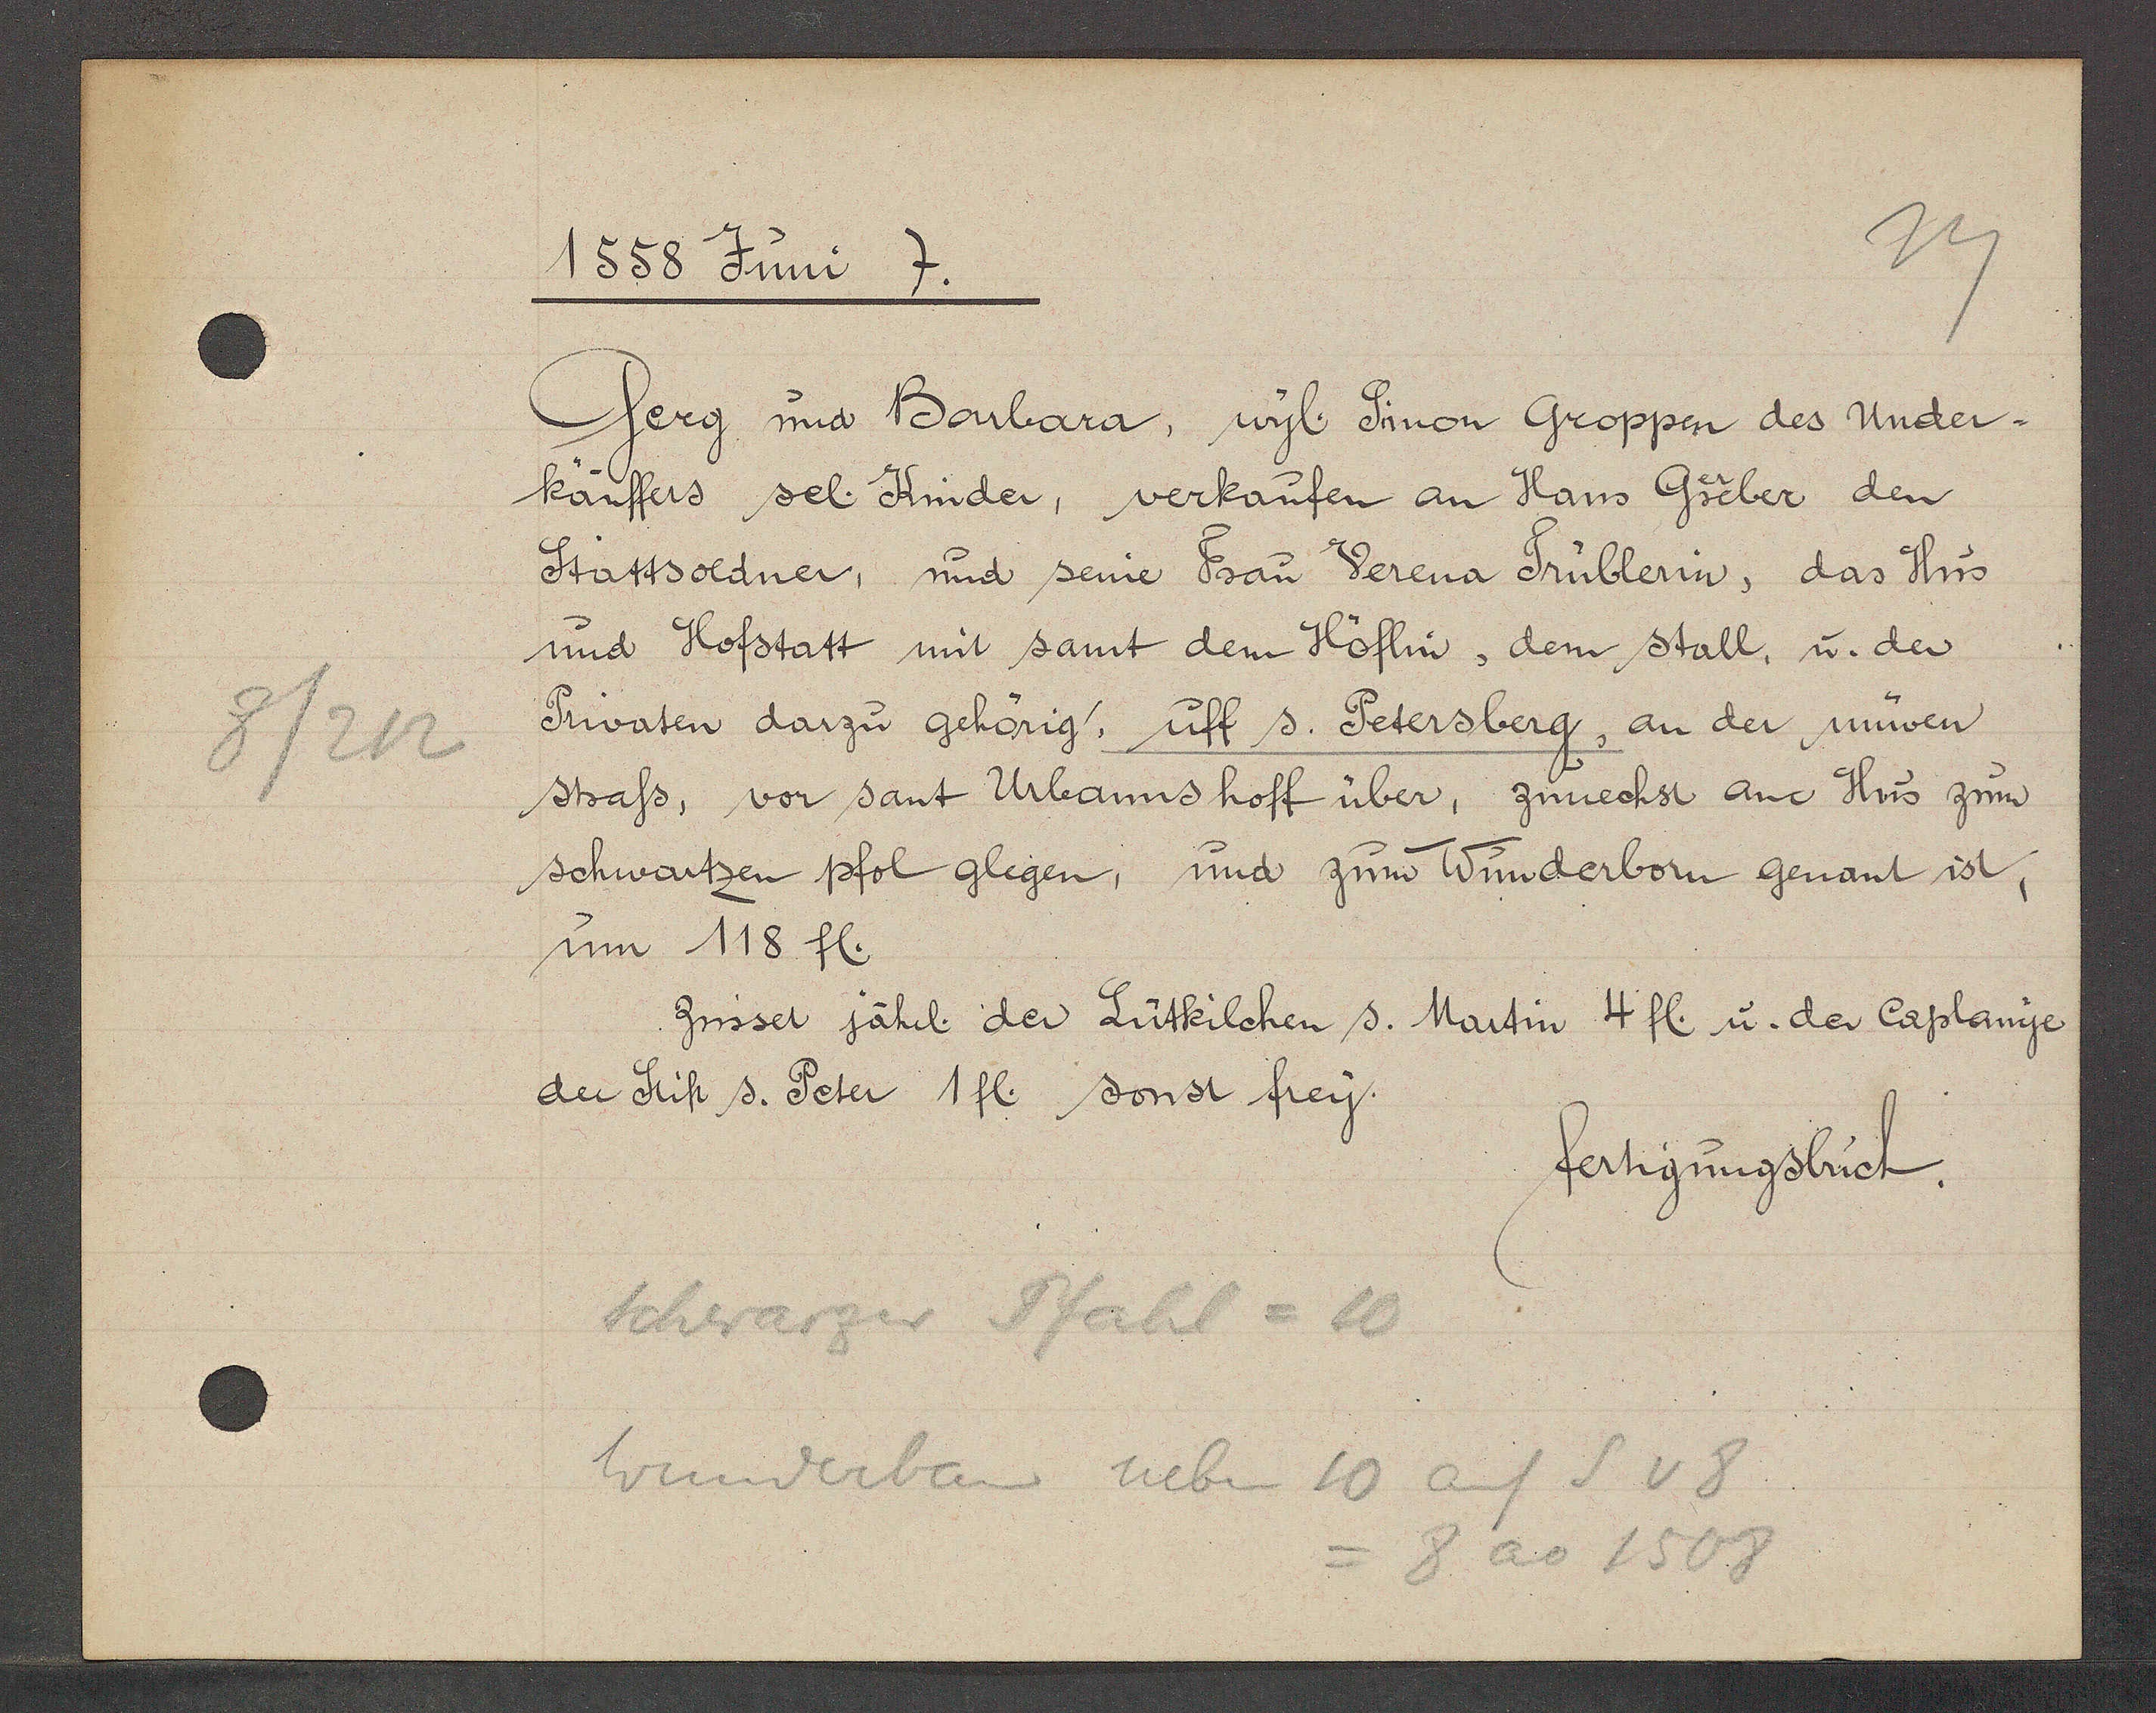
Transcript:
8/212

1558 Juni 7.

Jerg und Barbara, wyl. Sinon Groppen des Under¬
käuffers sel. Kinder, verkaufen an Hans Gseber den
Stattsoldner, und seine Frau Verena Trüblerin, das Hus
und Hofstatt mit samt dem Höflin, dem stall, u. der
Privaten darzu gehörig, uff s. Petersberg, an der nüwen
strass, vor sant Urbanns hoff über, zunechst ane Hus zum
schwartzen pfol glegen, und zum Winderborn genant ist,
um 118 fl.
Zinsset jährl. der Lütkilchen s. Martin 4 fl. u. der Caplanye,
der Stift s. Peter 1fl. sonst frey.

fertigungsbuch.

Schwarzer Pfahl = 10
Wunderban neben 10 auf S v 8
= 8 ao 1508